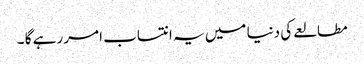
مطالعے کی دنیا میں یہ انتساب امر رہے گا ۔